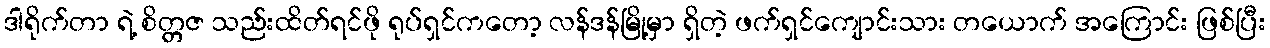
ဒါရိုက်တာ ရဲ့ စိတ္တဇ သည်းထိတ်ရင်ဖို ရုပ်ရှင်ကတော့ လန်ဒန်မြို့မှာ ရှိတဲ့ ဖက်ရှင်ကျောင်းသား တယောက် အကြောင်း ဖြစ်ပြီး